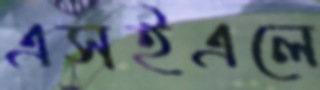
এসইএলে